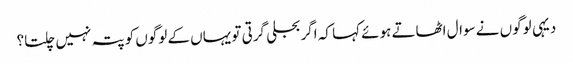
دیہی لوگوں نے سوال اٹھاتے ہوئے کہا کہ اگر بجلی گرتی تو یہاں کے لوگوں کو پتہ نہیں چلتا؟